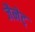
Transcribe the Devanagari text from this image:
जैनेट्